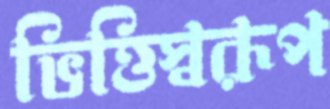
ভিত্তিস্বরূপ